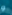
و